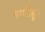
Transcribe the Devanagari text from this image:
नगरीहून